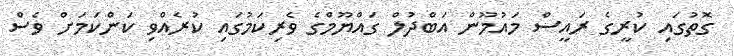
ގޮތުގައި ކުރީގެ ރައީސް މައުމޫން އަބްދުލް ގައްޔޫމްގެ ވެރިކަމުގައި ކުރެއްވި ކަންކަމަށް ވެސް